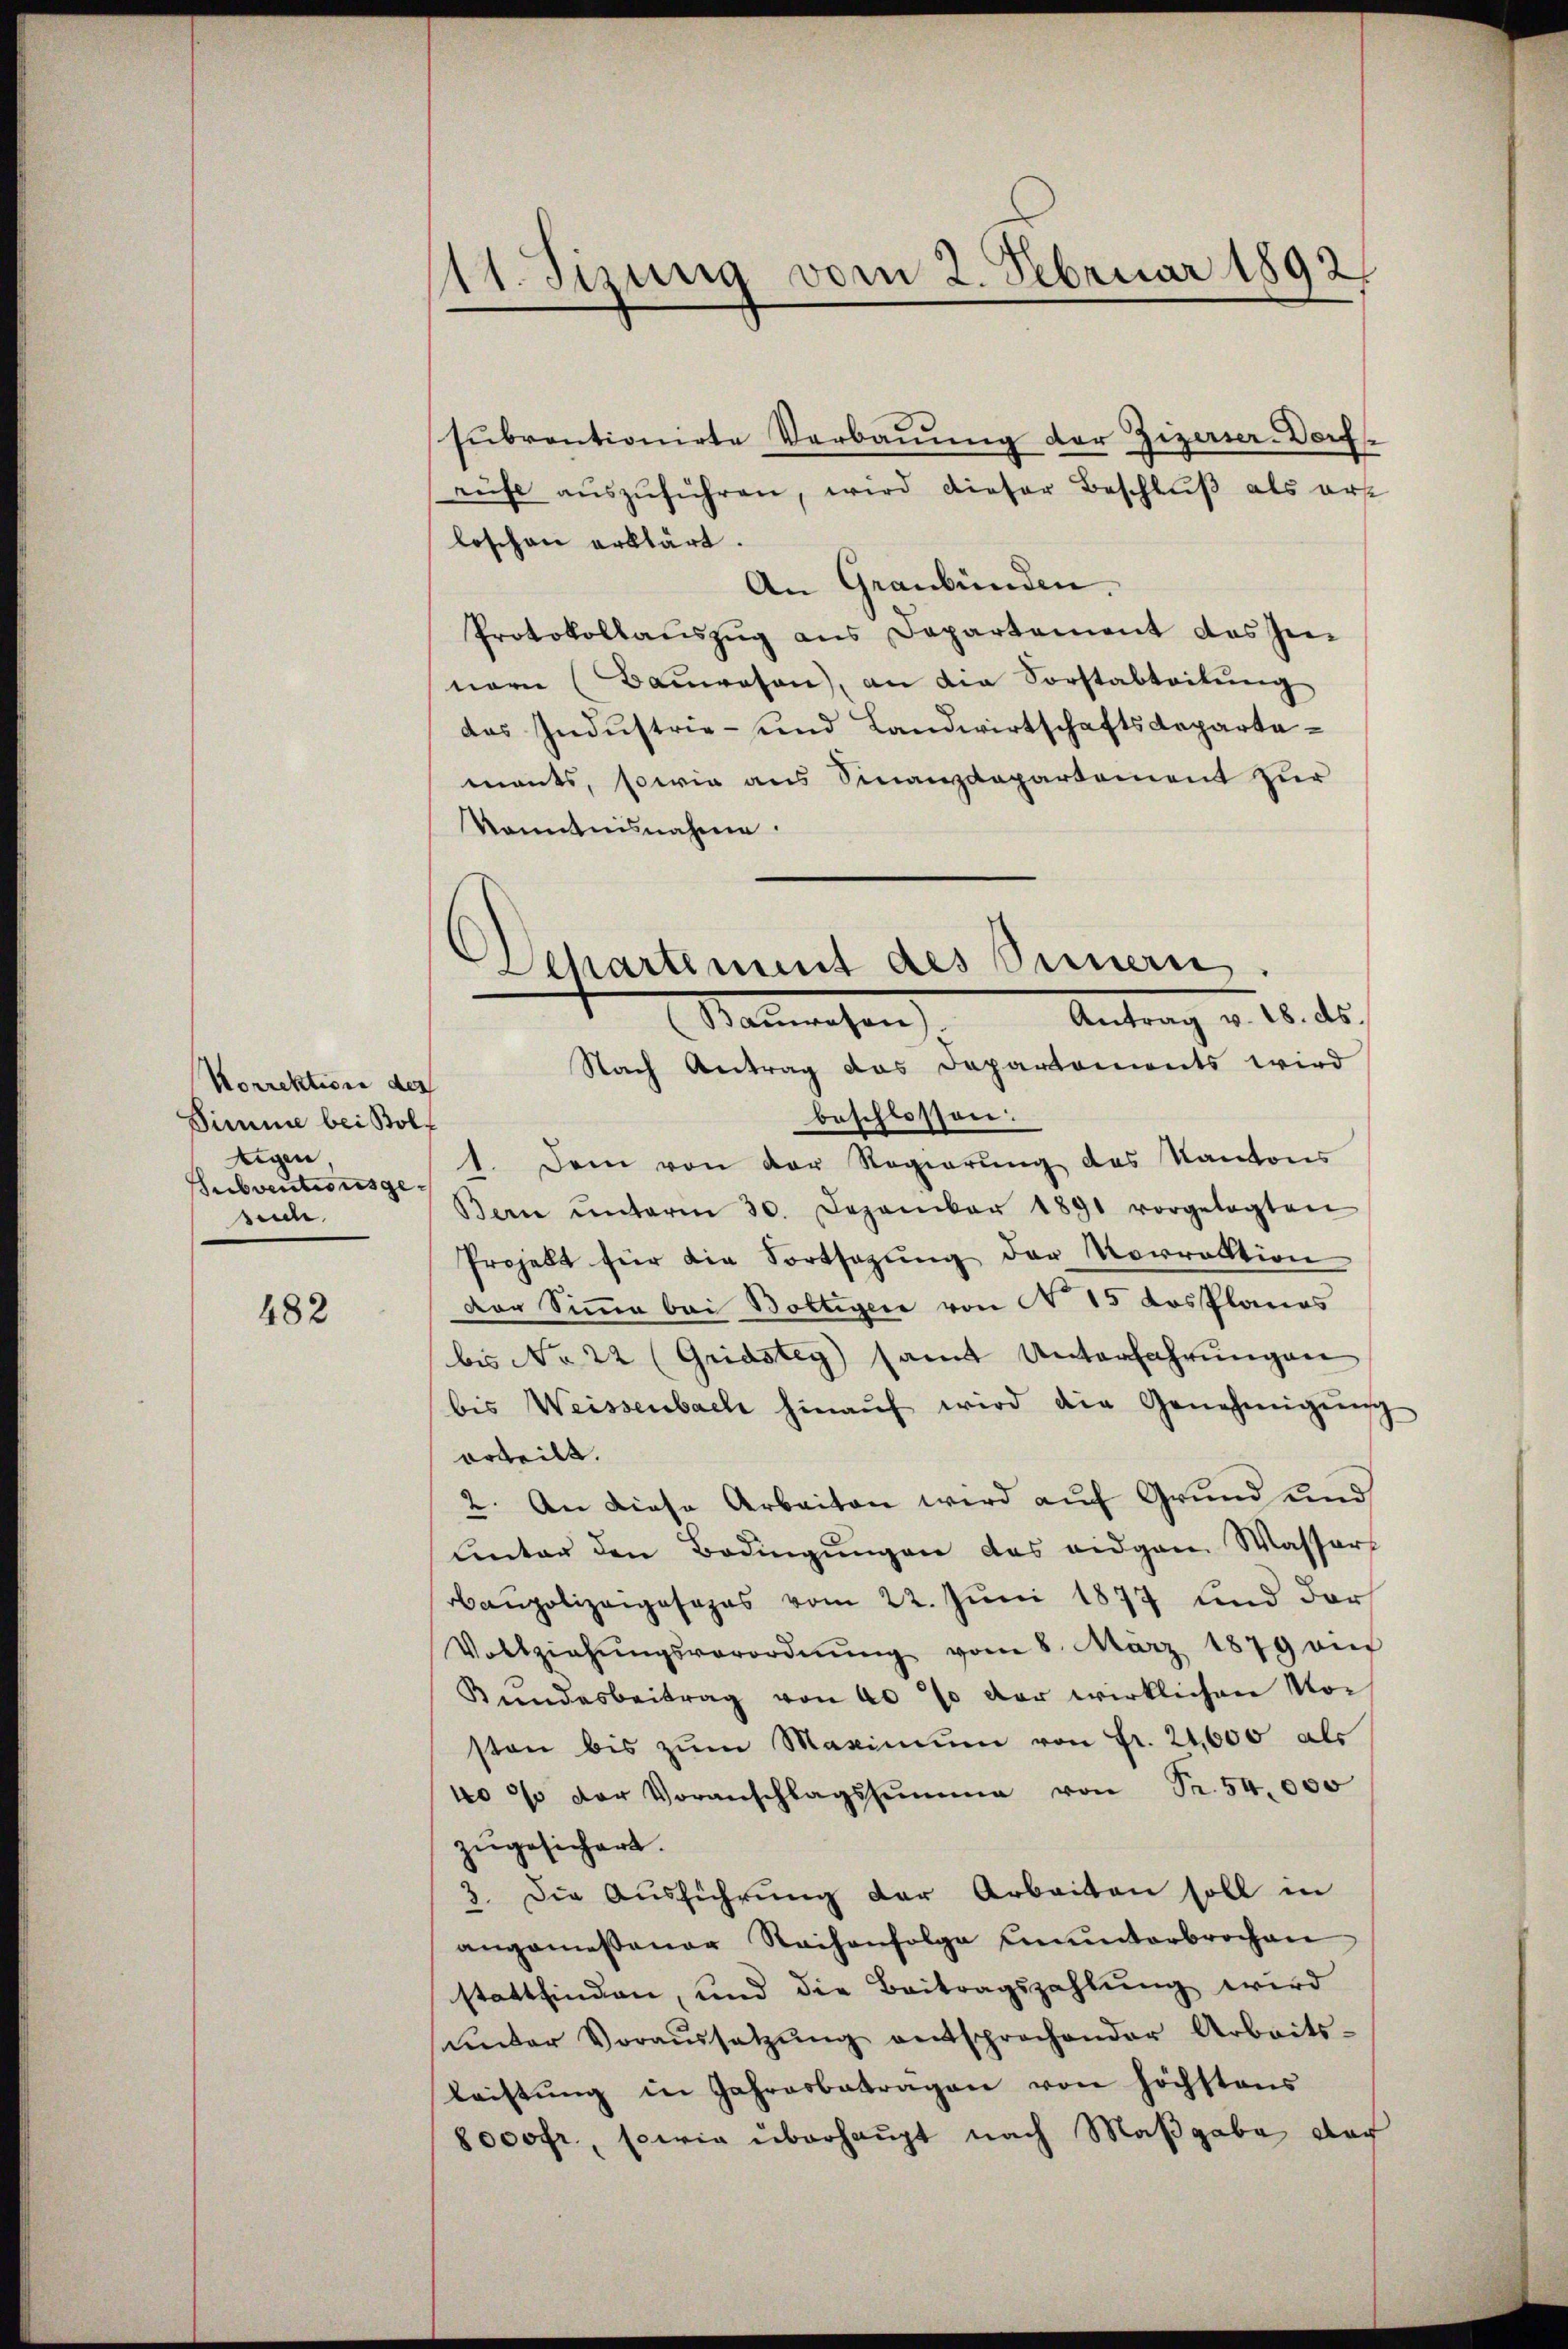
Korrektion des
Simme bei Bolf
Eigen
Subventionsgerede.

482

11. Jizung vom 2. Februar 1892.

subventionirte Verbauung der Zizerier-Dorf-
rüfe aŭszŭführen, wird dieser Beschluß als erst
loschen erklärt.
An Graubünden.
Protokollaŭszŭg ans Departement das Jen
nern (Bauwesen, an die Forstabteilŭng
das Industrie- und Landwirtschaftsdepartaments, sowie aus Sinanzdepartement zur
Kenntnisnahme.
Nach Antrag das Departements wird
beschlossen:
1. Dem von der Regierŭng des Kantons
Bern ŭnterm 30. Dezember 1891 vorgelegten
Projekt für die Fortsagung der Morrektion
Der Simme bei Boltiger von § 15 Kosplanos
bis No 22 (Gridstey samt Unterfahrŭngen
bis Weissenbach hinaŭf wird die Genehmigŭng
orteilt.
2. An diese Arbeiten wird auf Grund und
Unter den Bedingŭngen das eidgen. Wasser
Baupolizeiposapas vom 22. Juni 1877 und dar
Vollziehŭngsverordnŭng vom 8. März 1879 am
Bundesbeitrag von 40% der wirklichen Vor
sten bis zŭm Maximum von Fr. 24,600 als
40% der Voranschlagssumme von Sr. 54,000
zugesichert.
3. Die Ausführung der Arbeiten soll in
angemessener Sachenfolge munterbrochen
stattfinden, und die Beitragszahlung wird
unter Voraŭssetzŭng entsprochender Arbeits-
leistŭng in Jahresbetragen von höchstens
8000fr., sowie überhaupt nach Maßgabe doch

2
Departement des Sinnern.
Antrag v. 18. ds.
Sanwesen